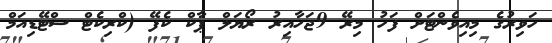
ހަވިރުގެ މިއިވެންޓަށް ފަހު މިރޭ 9ޖަހާއިރު ރޯޔަލް ޕާކް ކެފޭ (ކްރިކެޓް ސްޓޭޑިއަމް